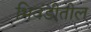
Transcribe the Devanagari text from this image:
भिवंडीतील